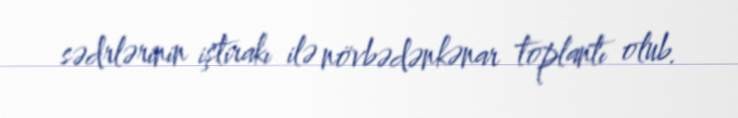
sədrlərinin iştirakı ilə növbədənkənar toplantı olub.